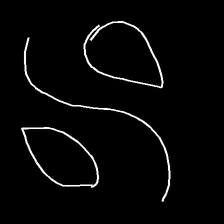
Glyph: water